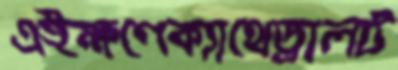
এইক্ষণেক্যাথেড্রালট